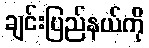
ချင်းပြည်နယ်ကို